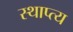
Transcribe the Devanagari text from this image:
स्थाप्त्य